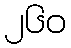
၂၆၀